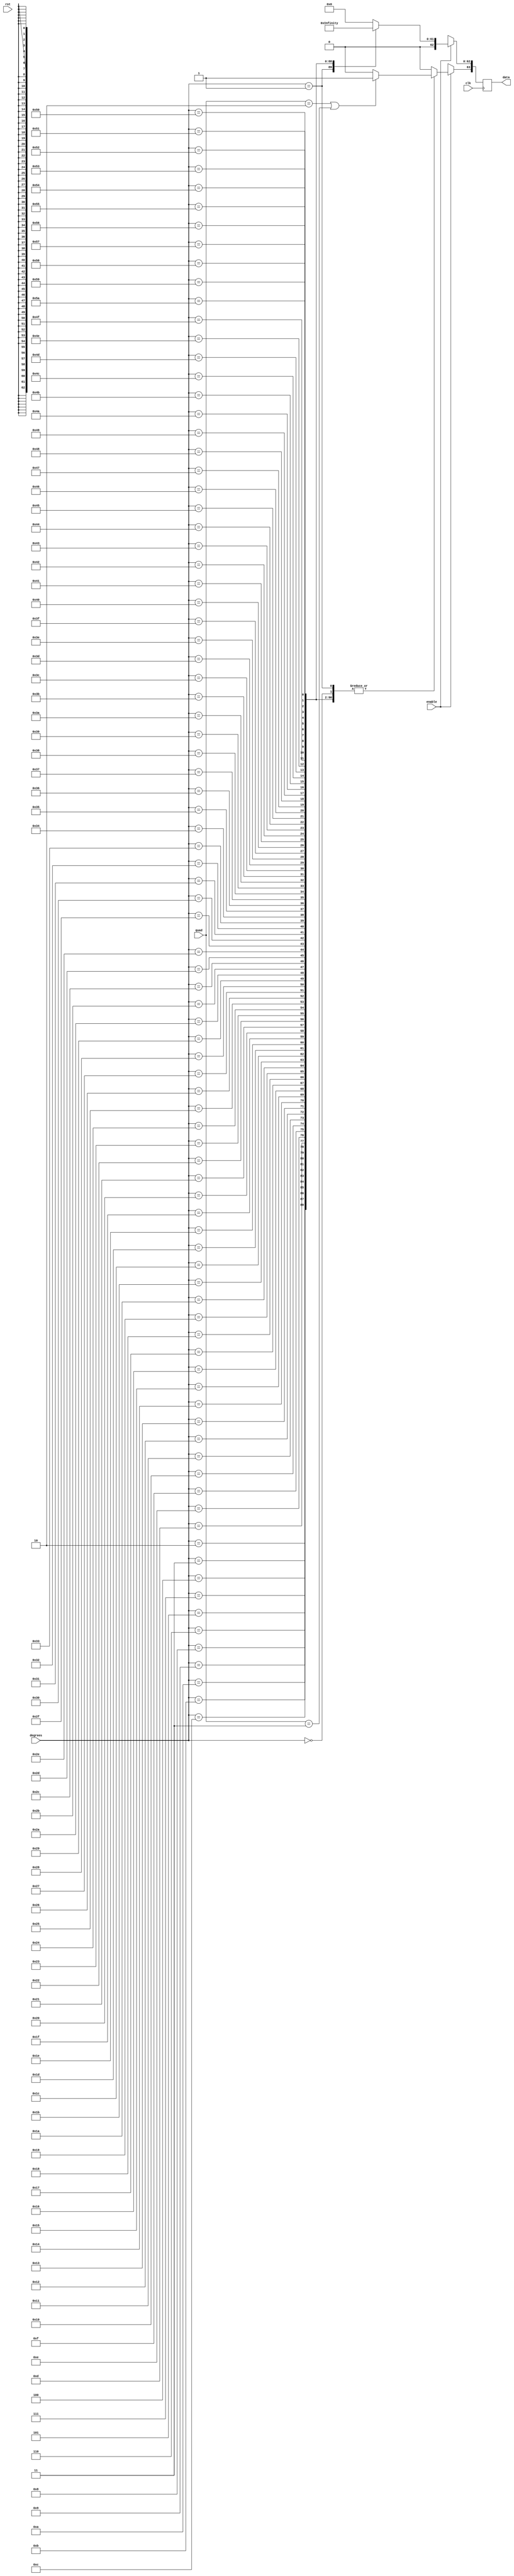
/////////////////////////////////////////////////////////////////////
////                                                             ////
////                                                          ////
////  Trigonometric functions using double precision Floating Point Unit        ////
////                                                             ////
////          muni_aditya@yahoo.com                                ////
////                                                             ////
/////////////////////////////////////////////////////////////////////
////                                                             ////
//// Copyright (C) 2013 Muni Aditya                           ////
////                  muni_aditya@yahoo.com                        ////
////                                                             ////
//// This source file may be used and distributed without        ////
//// restriction provided that this copyright statement is not   ////
//// removed from the file and that any derivative work contains ////
//// the original copyright notice and the associated disclaimer.////
////                                                             ////
////     THIS SOFTWARE IS PROVIDED ``AS IS'' AND WITHOUT ANY     ////
//// EXPRESS OR IMPLIED WARRANTIES, INCLUDING, BUT NOT LIMITED   ////
//// TO, THE IMPLIED WARRANTIES OF MERCHANTABILITY AND FITNESS   ////
//// FOR A PARTICULAR PURPOSE. IN NO EVENT SHALL THE AUTHOR      ////
//// OR CONTRIBUTORS BE LIABLE FOR ANY DIRECT, INDIRECT,         ////
//// INCIDENTAL, SPECIAL, EXEMPLARY, OR CONSEQUENTIAL DAMAGES    ////
//// (INCLUDING, BUT NOT LIMITED TO, PROCUREMENT OF SUBSTITUTE   ////
//// GOODS OR SERVICES; LOSS OF USE, DATA, OR PROFITS; OR        ////
//// BUSINESS INTERRUPTION) HOWEVER CAUSED AND ON ANY THEORY OF  ////
//// LIABILITY, WHETHER IN  CONTRACT, STRICT LIABILITY, OR TORT  ////
//// (INCLUDING NEGLIGENCE OR OTHERWISE) ARISING IN ANY WAY OUT  ////
//// OF THE USE OF THIS SOFTWARE, EVEN IF ADVISED OF THE         ////
//// POSSIBILITY OF SUCH DAMAGE.                                 ////
////                                                             ////
/////////////////////////////////////////////////////////////////////


`timescale 1ns / 100ps

`define INPUT_WIDTH 32

module sine_lut (quad, enable, degrees, data, rst, clk);

input [1:0] quad;
input enable;
input rst;
input [`INPUT_WIDTH-1:0] degrees ;
input clk;

//////////////inputs/////////////////

output reg [63:0] data;

//////////////output/////////////////


always@(posedge clk )

// needs to be positive in first and second quadrants

   
   begin
        if (quad == 2'b10 || quad == 2'b11)
        begin
        data[63] <= 1'b1;
        end

        else
        begin
        data[63] <= 1'b0;
        end

	if(enable)
	case (degrees)
 
//look up table

`INPUT_WIDTH'd0  : data[62:0] <= 64'h0000000000000000;
`INPUT_WIDTH'd1  : data[62:0] <= 64'h3f91df0b2b89dd1e;
`INPUT_WIDTH'd2  : data[62:0] <= 64'h3fa1de58c9f7dc27;
`INPUT_WIDTH'd3  : data[62:0] <= 64'h3faacbc748efc90d;
`INPUT_WIDTH'd4  : data[62:0] <= 64'h3fb1db8f6d6a5128;
`INPUT_WIDTH'd5  : data[62:0] <= 64'h3fb64fd6b8c28102;
`INPUT_WIDTH'd6  : data[62:0] <= 64'h3fbac2609b3c576b;
`INPUT_WIDTH'd7  : data[62:0] <= 64'h3fbf32d44c4f62d3;
`INPUT_WIDTH'd8  : data[62:0] <= 64'h3fc1d06c968d9e19;
`INPUT_WIDTH'd9  : data[62:0] <= 64'h3fc4060b67a85375;
`INPUT_WIDTH'd10 : data[62:0] <= 64'h3fc63a1a7e0b7389;
`INPUT_WIDTH'd11 : data[62:0] <= 64'h3fc86c6ddd76624f;
`INPUT_WIDTH'd12 : data[62:0] <= 64'h3fca9cd9ac4258f5;
`INPUT_WIDTH'd13 : data[62:0] <= 64'h3fcccb3236cdc674;
`INPUT_WIDTH'd14 : data[62:0] <= 64'h3fcef74bf2e4b91d;
`INPUT_WIDTH'd15 : data[62:0] <= 64'h3fd0907dc1930690;
`INPUT_WIDTH'd16 : data[62:0] <= 64'h3fd1a40add328e29;
`INPUT_WIDTH'd17 : data[62:0] <= 64'h3fd2b637cf83d5c7;
`INPUT_WIDTH'd18 : data[62:0] <= 64'h3fd3c6ef372fe94f;
`INPUT_WIDTH'd19 : data[62:0] <= 64'h3fd4d61bd000cddc;
`INPUT_WIDTH'd20 : data[62:0] <= 64'h3fd5e3a8748a0bf5;
`INPUT_WIDTH'd21 : data[62:0] <= 64'h3fd6ef801fced33c;
`INPUT_WIDTH'd22 : data[62:0] <= 64'h3fd7f98deee59681;
`INPUT_WIDTH'd23 : data[62:0] <= 64'h3fd901bd2298ffaa;
`INPUT_WIDTH'd24 : data[62:0] <= 64'h3fda07f921061ad0;
`INPUT_WIDTH'd25 : data[62:0] <= 64'h3fdb0c2d77379853;
`INPUT_WIDTH'd26 : data[62:0] <= 64'h3fdc0e45dabe05c8;
`INPUT_WIDTH'd27 : data[62:0] <= 64'h3fdd0e2e2b44de00;
`INPUT_WIDTH'd28 : data[62:0] <= 64'h3fde0bd274245079;
`INPUT_WIDTH'd29 : data[62:0] <= 64'h3fdf071eedefa0ed;
`INPUT_WIDTH'd30 : data[62:0] <= 64'h3fdfffffffffffff;
`INPUT_WIDTH'd31 : data[62:0] <= 64'h3fe07b3120fddf13;
`INPUT_WIDTH'd32 : data[62:0] <= 64'h3fe0f5193eacdd2a;
`INPUT_WIDTH'd33 : data[62:0] <= 64'h3fe16daed770771c;
`INPUT_WIDTH'd34 : data[62:0] <= 64'h3fe1e4e88411fd12;
`INPUT_WIDTH'd35 : data[62:0] <= 64'h3fe25abcf87c4978;
`INPUT_WIDTH'd36 : data[62:0] <= 64'h3fe2cf2304755a5e;
`INPUT_WIDTH'd37 : data[62:0] <= 64'h3fe342119455beb6;
`INPUT_WIDTH'd38 : data[62:0] <= 64'h3fe3b37fb1bdc939;
`INPUT_WIDTH'd39 : data[62:0] <= 64'h3fe4236484487abe;
`INPUT_WIDTH'd40 : data[62:0] <= 64'h3fe491b7523c161c;
`INPUT_WIDTH'd41 : data[62:0] <= 64'h3fe4fe6f81384fd4;
`INPUT_WIDTH'd42 : data[62:0] <= 64'h3fe5698496e20bd8;
`INPUT_WIDTH'd43 : data[62:0] <= 64'h3fe5d2ee398c9c2b;
`INPUT_WIDTH'd44 : data[62:0] <= 64'h3fe63aa430e07310;
`INPUT_WIDTH'd45 : data[62:0] <= 64'h3fe6a09e667f3bcc;
`INPUT_WIDTH'd46 : data[62:0] <= 64'h3fe704d4e6a54d38;
`INPUT_WIDTH'd47 : data[62:0] <= 64'h3fe7673fe0c86982;
`INPUT_WIDTH'd48 : data[62:0] <= 64'h3fe7c7d7a833bec1;
`INPUT_WIDTH'd49 : data[62:0] <= 64'h3fe82694b4a11c36;
`INPUT_WIDTH'd50 : data[62:0] <= 64'h3fe8836fa2cf5039;
`INPUT_WIDTH'd51 : data[62:0] <= 64'h3fe8de613515a327;
`INPUT_WIDTH'd52 : data[62:0] <= 64'h3fe9376253f463d1;
`INPUT_WIDTH'd53 : data[62:0] <= 64'h3fe98e6c0ea27a14;
`INPUT_WIDTH'd54 : data[62:0] <= 64'h3fe9e3779b97f4a8;
`INPUT_WIDTH'd55 : data[62:0] <= 64'h3fea367e59158747;
`INPUT_WIDTH'd56 : data[62:0] <= 64'h3fea8779cda8eea5;
`INPUT_WIDTH'd57 : data[62:0] <= 64'h3fead663a8ae2fdb;
`INPUT_WIDTH'd58 : data[62:0] <= 64'h3feb2335c2cda945;
`INPUT_WIDTH'd59 : data[62:0] <= 64'h3feb6dea1e76eadd;
`INPUT_WIDTH'd60 : data[62:0] <= 64'h3febb67ae8584caa;
`INPUT_WIDTH'd61 : data[62:0] <= 64'h3febfce277d339c6;
`INPUT_WIDTH'd62 : data[62:0] <= 64'h3fec411b4f6d2707;
`INPUT_WIDTH'd63 : data[62:0] <= 64'h3fec83201d3d2c6c;
`INPUT_WIDTH'd64 : data[62:0] <= 64'h3fecc2ebbb5638ca;
`INPUT_WIDTH'd65 : data[62:0] <= 64'h3fed0079302dd767;
`INPUT_WIDTH'd66 : data[62:0] <= 64'h3fed3bc3aeff7f95;
`INPUT_WIDTH'd67 : data[62:0] <= 64'h3fed74c6982c666f;
`INPUT_WIDTH'd68 : data[62:0] <= 64'h3fedab7d7997cb57;
`INPUT_WIDTH'd69 : data[62:0] <= 64'h3feddfe40effb805;
`INPUT_WIDTH'd70 : data[62:0] <= 64'h3fee11f642522d1b;
`INPUT_WIDTH'd71 : data[62:0] <= 64'h3fee41b02bfeb4ca;
`INPUT_WIDTH'd72 : data[62:0] <= 64'h3fee6f0e134454ff;
`INPUT_WIDTH'd73 : data[62:0] <= 64'h3fee9a0c6e7bdb1f;
`INPUT_WIDTH'd74 : data[62:0] <= 64'h3feec2a7e35e7b80;
`INPUT_WIDTH'd75 : data[62:0] <= 64'h3feee8dd4748bf15;
`INPUT_WIDTH'd76 : data[62:0] <= 64'h3fef0ca99f79ba25;
`INPUT_WIDTH'd77 : data[62:0] <= 64'h3fef2e0a214e870f;
`INPUT_WIDTH'd78 : data[62:0] <= 64'h3fef4cfc327a0080;
`INPUT_WIDTH'd79 : data[62:0] <= 64'h3fef697d6938b6c2;
`INPUT_WIDTH'd80 : data[62:0] <= 64'h3fef838b8c811c17;
`INPUT_WIDTH'd81 : data[62:0] <= 64'h3fef9b24942fe45c;
`INPUT_WIDTH'd82 : data[62:0] <= 64'h3fefb046a930947a;
`INPUT_WIDTH'd83 : data[62:0] <= 64'h3fefc2f025a23e8b;
`INPUT_WIDTH'd84 : data[62:0] <= 64'h3fefd31f94f867c6;
`INPUT_WIDTH'd85 : data[62:0] <= 64'h3fefe0d3b41815a2;
`INPUT_WIDTH'd86 : data[62:0] <= 64'h3fefec0b7170fff6;
`INPUT_WIDTH'd87 : data[62:0] <= 64'h3feff4c5ed12e61d;
`INPUT_WIDTH'd88 : data[62:0] <= 64'h3feffb0278bf0567;
`INPUT_WIDTH'd89 : data[62:0] <= 64'h3feffec097f5af8a;
`INPUT_WIDTH'd90 : data[62:0] <= 64'h3ff0000000000000;

default:data <= 64'h0;

endcase

else 
  data <= 64'hxxxxxxxxxxxxxxx;



end


endmodule